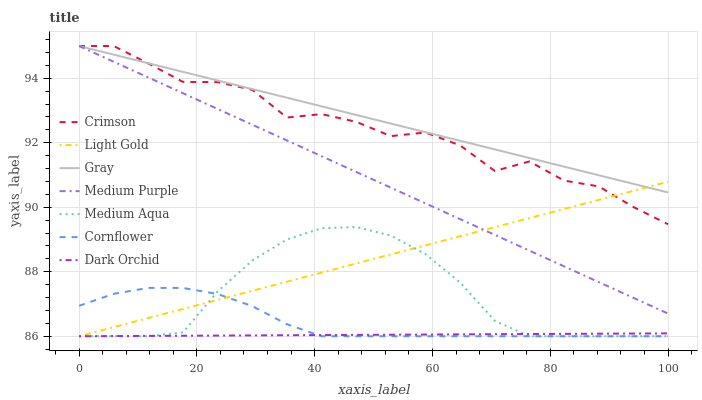
| xaxis_label | Crimson | Light Gold | Gray | Medium Purple | Medium Aqua | Cornflower | Dark Orchid |
 | --- | --- | --- | --- | --- | --- | --- | --- |
 | 0 | 95 | 86 | 95 | 95 | 86 | 86.9 | 86 |
 | 5.88 | 95 | 86.3 | 94.7 | 94.5 | 86 | 87.3 | 86 |
 | 11.8 | 94.5 | 86.6 | 94.5 | 94 | 86 | 87.5 | 86 |
 | 17.6 | 93.9 | 86.8 | 94.2 | 93.5 | 86.1 | 87.5 | 86 |
 | 23.5 | 93.9 | 87.1 | 93.9 | 93 | 87.4 | 87.3 | 86 |
 | 29.4 | 93.6 | 87.4 | 93.7 | 92.6 | 88.3 | 86.9 | 86 |
 | 35.3 | 92.8 | 87.7 | 93.4 | 92.1 | 89 | 86.4 | 86 |
 | 41.2 | 92.9 | 88 | 93.1 | 91.6 | 89.3 | 86 | 86 |
 | 47.1 | 92.6 | 88.3 | 92.9 | 91.1 | 89.4 | 86 | 86 |
 | 52.9 | 92.2 | 88.5 | 92.6 | 90.6 | 89.1 | 86 | 86 |
 | 58.8 | 92.3 | 88.8 | 92.3 | 90.1 | 88.5 | 86 | 86.1 |
 | 64.7 | 91.9 | 89.1 | 92.1 | 89.6 | 87.7 | 86 | 86.1 |
 | 70.6 | 91.1 | 89.4 | 91.8 | 89.1 | 86.5 | 86 | 86.1 |
 | 76.5 | 91.4 | 89.7 | 91.5 | 88.7 | 86 | 86 | 86.1 |
 | 82.4 | 90.8 | 89.9 | 91.3 | 88.2 | 86 | 86 | 86.1 |
 | 88.2 | 90.6 | 90.2 | 91 | 87.7 | 86 | 86 | 86.1 |
 | 94.1 | 90 | 90.5 | 90.7 | 87.2 | 86 | 86 | 86.1 |
 | 100 | 89.5 | 90.8 | 90.5 | 86.7 | 86 | 86 | 86.1 |